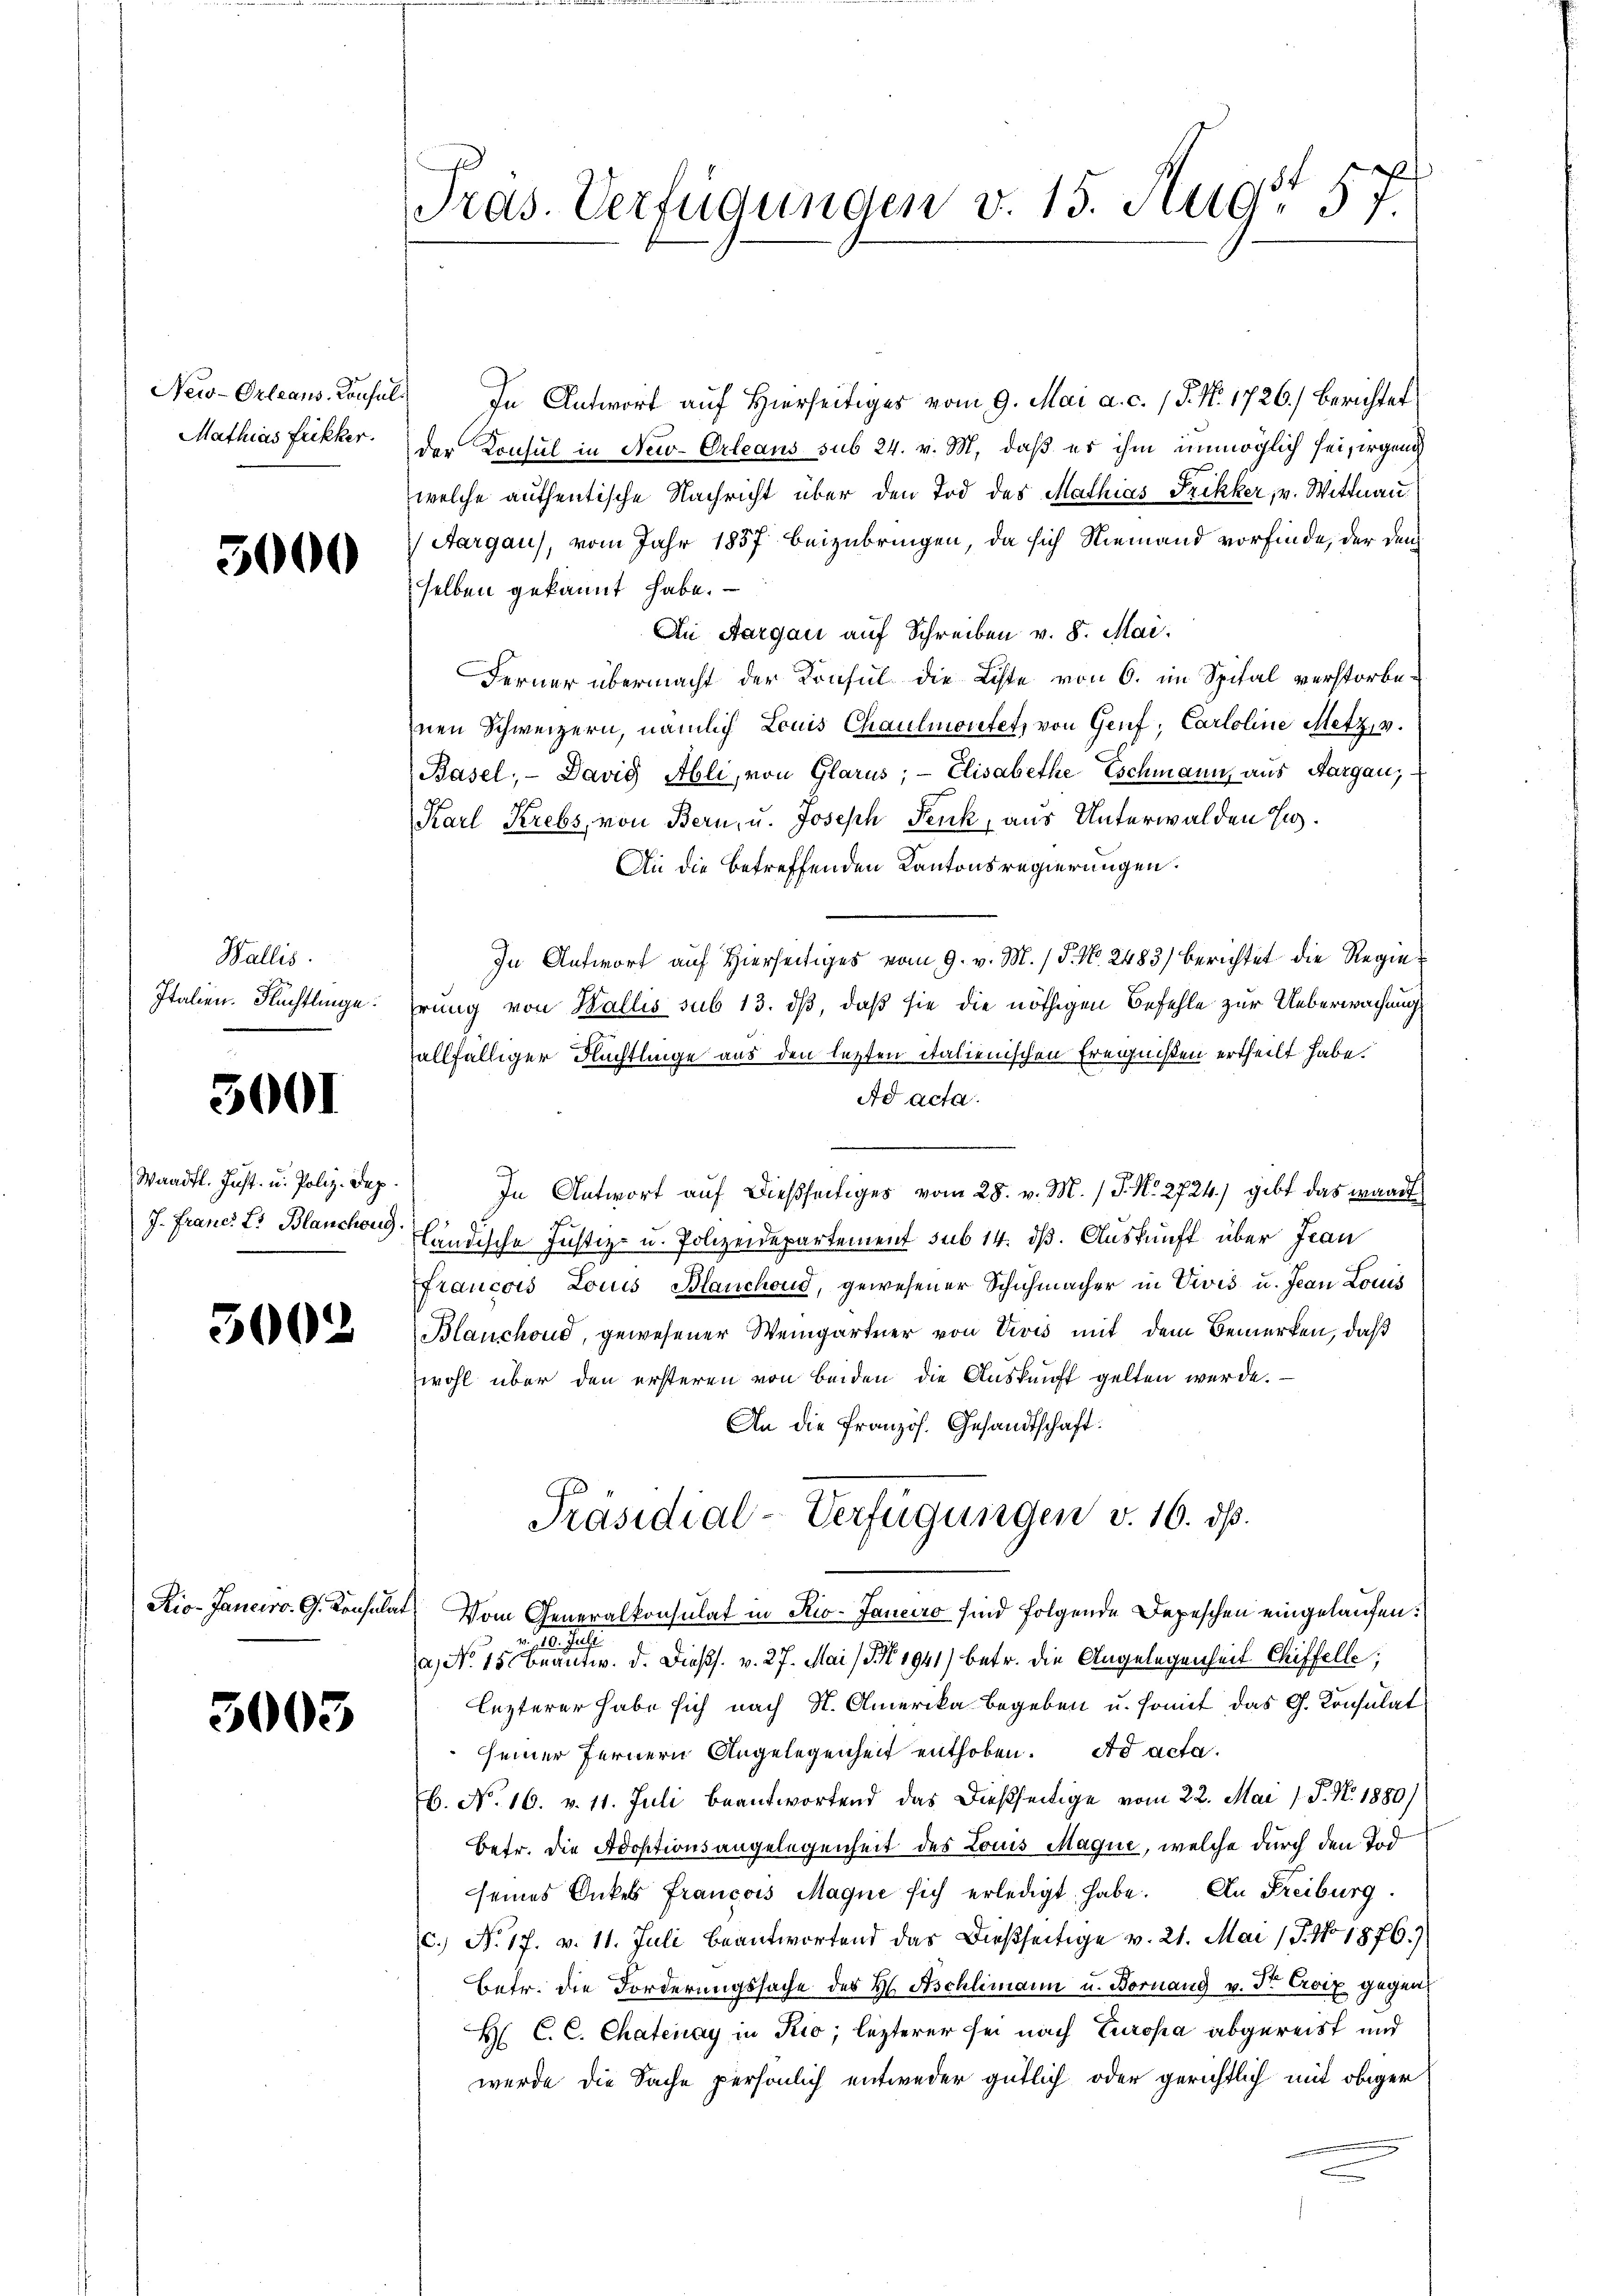
New-Orleans, Konsul
Mathias Frikker.

5000

Wallis.
Italien. Flüchtlinge.

3001

Waadt. Just- u. Poliz. Dep
J. Franc. L. Blanchoug.

3002

3003

Pras. Verfügungen v. 15. Augt 57

In Antwort aŭf hierseitiges vom 9. Mai a. c. 15. No. 1726) berichtet
der Konsul in New-Orleans sub 24. v. M. daß es ihm unmöglich sei, irgen
welche authentische Nachricht über den Tod des Mathias Frikker, v. Wittnau
Aargau), vom Jahr 1857 beizubringen, da sich Niemand vorfinde, der dem
selben gekannt habe.
An Aargau auf Schreiben v. 8. Mai.
Ferner übermacht der Konsul die Liste von 6. im Spital verstorbenen Schweizern, nämlich Louis Chaulmonetet, von Genf, Caroline Metz, v.
Basel; - David Abli, von Glarus; — Elisabethe Eschmann aus Aargau,
Karl Krebs, von Bern, u. Joseph Fenk, aus Unterwalden Eng¬
An die betreffenden Kantonsregierungen.
In Antwort auf Hierseitiges vom 9. v. M. / P. Nr. 2483) berichtet die Regiehrung von Wallis sub 13. dß, daß sie die nöthigen Befehle zur Ueberwachung
allfälliger Flüchtlinge aus den letzten italienischen Ereignißen ertheilt habe.
Ad acta.
In Antwort auf dießseitiges vom 28. v. M. / P. Nr. 2724) gibt das waadt
ländische Justiz- u. Polizeidepartement sub 14. dß. Auskunft über Jean
ffrancois Louis Blanchoud, gewesener Schuhmacher in Divis u. Jean Louis
Blanchoud, gewesener Weingärtner von Divis mit dem Bemerken, daß
wohl über den ersteren von beiden die Auskunft gelten werde.
An die französ. Gesandtschaft:
Präsidial-Verfügungen v. 16. ds.
Rio-Janeiro G. Konsulat Vom Generalkonsulat in Rio-Janeiro sind folgende Depeschen eingelaufen:

a) No 15. beantw. d. Diess. v. 27. Mai (S. 1941) betr. die Angelegenheit Chiffelle;
lezterer habe sich nach St. Amerika begeben u. somit das G. Konsulat
seiner fernern Angelegenheit enthoben. Ad acta.
b. No. 16. v. 11. Juli beantwortend das dießseitige vom 22. Mai / P. Nr. 1880)
betr. die Adoptionsangelegenheit des Louis Mague, welche durch den Tod
seines Onkel Francois Magne sich erledigt habe. An Freiburg.
c. No. 17. v. 11. Juli beantwortend das Dießseitige v. 21. Mai (T. Ao 1876.)
Betr. die Forderungssache des H. Aschlimann u. Bornang v. Dr Croix gegen
H. C. C. Chatenay in Kio; lezterer sei nach Europa abgereist und
wurde die Sache persönlich entweder gütlich oder gerichtlich mit obiger